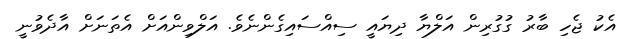
އެކު ޖެހި ބާރު ގުގުރިން އަލްޔާ ދިޔައީ ސިއްސައިގެންނެވެ. އަލްވިންއަށް އެތަނަށް އާދެވުނީ